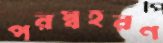
পরস্বহরণ